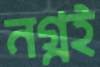
নগ্নই